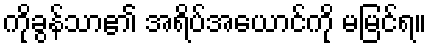
ကိုခွန်သာ၏ အရိပ်အယောင်ကို မမြင်ရ။